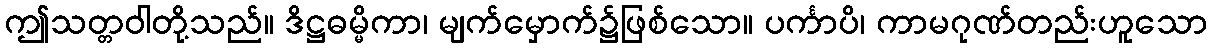
ဤသတ္တဝါတို့သည်။ ဒိဋ္ဌဓမ္မိကာ၊ မျက်မှောက်၌ဖြစ်သော။ ပင်္ကာပိ၊ ကာမဂုဏ်တည်းဟူသော